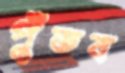
পুঁতব